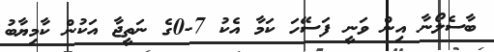
ބާސެލޯނާ އިން ވަނީ ފަސޭހަ ކަމާ އެކު 7-0ގެ ނަތީޖާ އަކުން ކާމިޔާބު